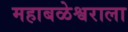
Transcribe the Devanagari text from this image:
महाबळेश्वराला